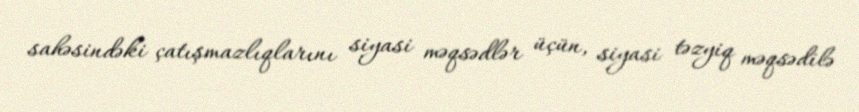
sahəsindəki çatışmazlıqlarını siyasi məqsədlər üçün, siyasi təzyiq məqsədilə